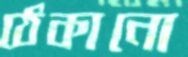
ঠেকানো